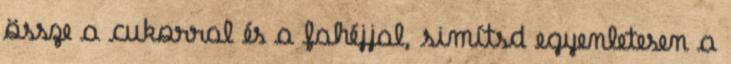
össze a cukorral és a fahéjjal, simítsd egyenletesen a